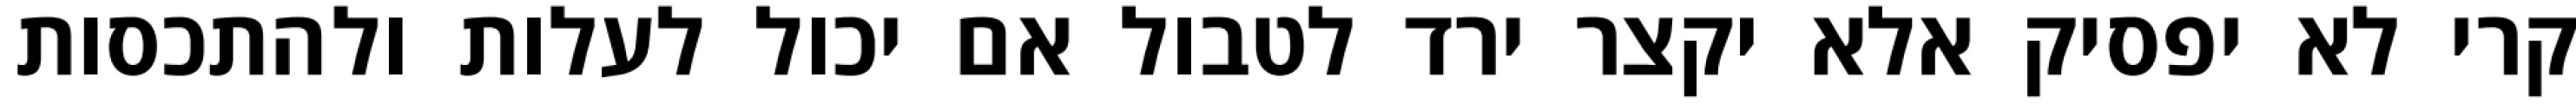
קרי לא יפסיק אלא יקצר ירד לטבול אם יכול לעלות ולהתכסות